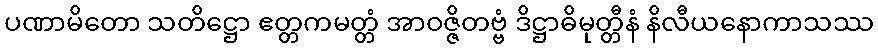
ပဏာမိတော သတိဋ္ဌော ဧတ္တကမတ္တံ အာဝဇ္ဇိတဗ္ဗံ ဒိဋ္ဌာဓိမုတ္တီနံ နိလီယနောကာသဿ